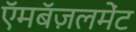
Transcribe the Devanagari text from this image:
ऍमबॅज़लमेंट